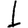
Digit: 1